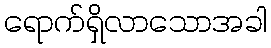
ရောက်ရှိလာသောအခါ